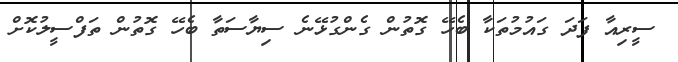
ސީރިއާ ފަދަ ގައުމުތަކާ ބެހޭ ގޮތުން ގެންގުޅޭނެ ސިޔާސަތާ ބެހޭ ގޮތުން ތަފްސީލުކޮށް